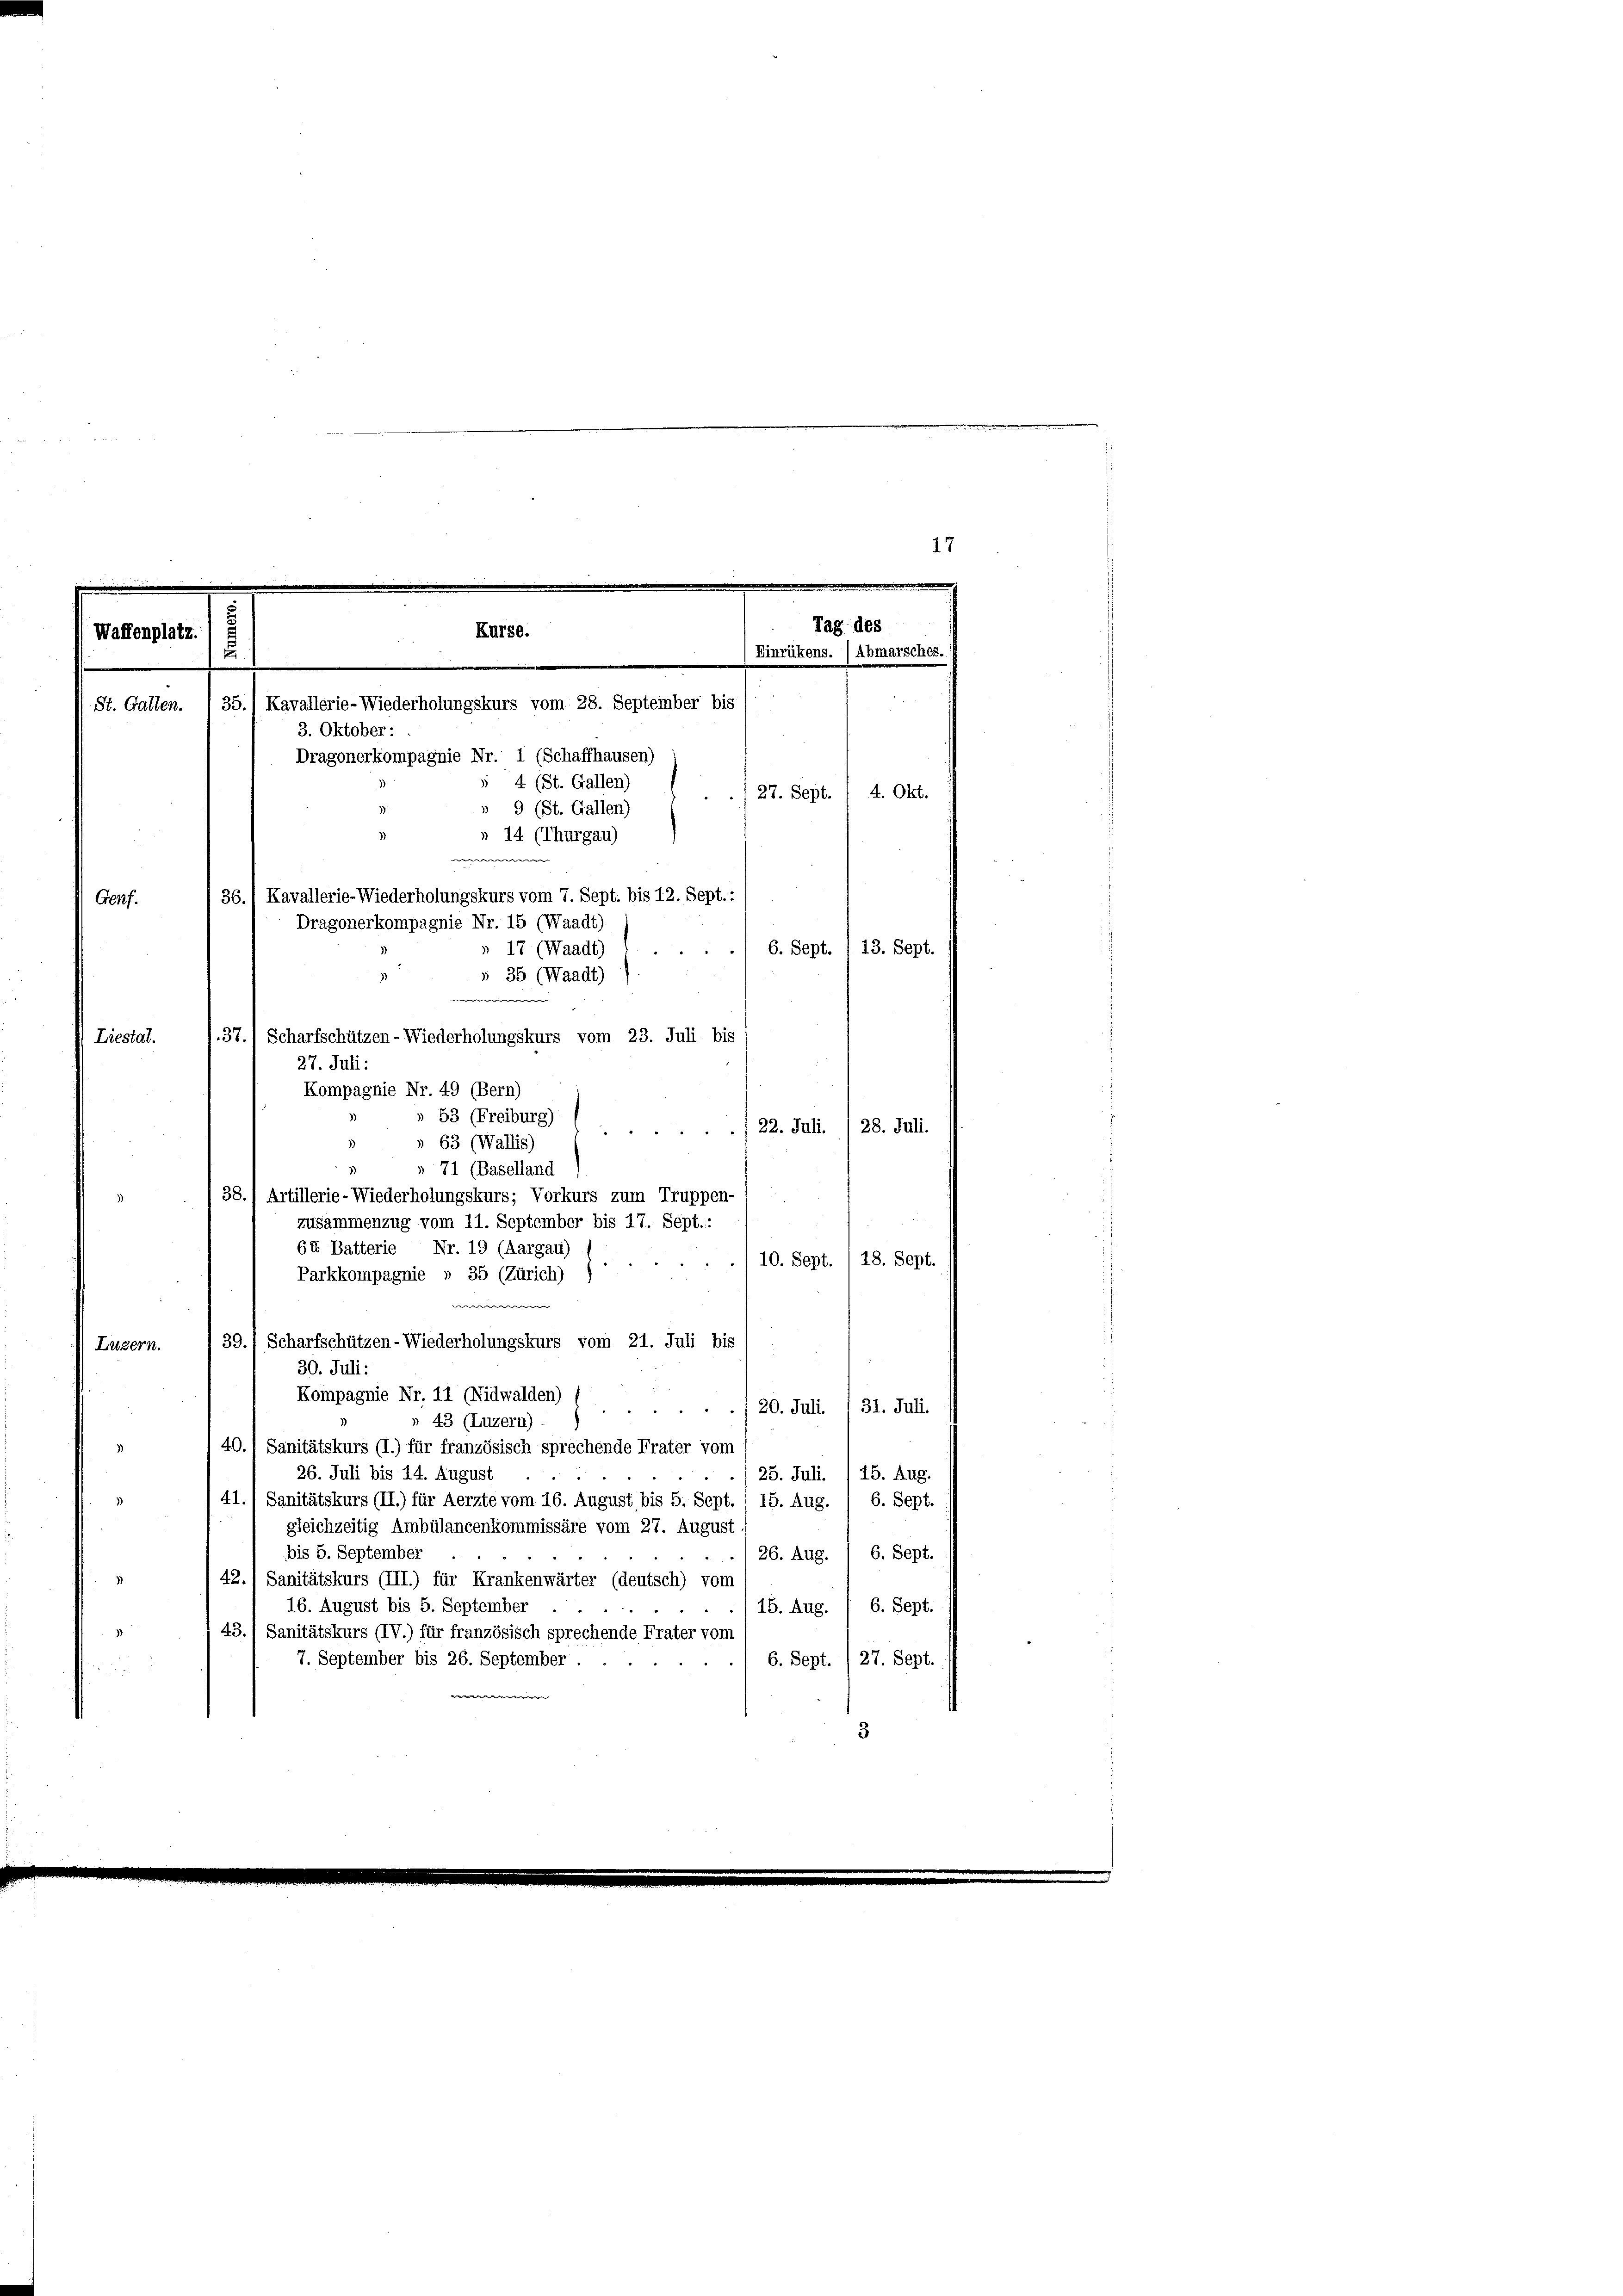
17
.

Liestal.
22. Juli. / 28. Juli.
 63 (Wallis)
)
d
» 71 (Baselland
38., Artillerie-Wiederholungskurs; Vorkurs zum Truppen-
zusammenzug vom 11. September bis 17. Sept.:
64 Batterie Nr. 19 (Aargau)
10. Sept./18. Sept.

Parkkompagnie n 35 (Zürich) 1
i
39.) Scharfschützen-Wiederholungskurs vom 21. Juli bis 1
Luzern.
30. Juli:
Kompagnie Nr. 11 (Nidwalden)
20. Juli. I 31. Juli.
.
» 43 (Luzern).
40.1 Sanitätskurs (I.) für französisch sprechende Frater vom
26. Juli bis 14. August
125. Juli. / 15. Aug.
41.1 Sanitätskurs (II.) für Aerzte vom 16. August bis 5. Sept. (15. Aug. / 6. Sept.
gleichzeitig Ambülancenkommissäre vom 27. August
bis 5. September
26. Aug. 1 6. Sept.
42.) Sanitätskurs (III) für Krankenwärter (deutsch) vom
16. August bis 5. September
15. Aug. / 6. Sept.
43.) Sanitätskurs (IV.) für französisch sprechende Frater vom
7. September bis 26. September . .
6. Sept. /27. Sept.
w

Genf.
Dragonerkompagnie Nr. 15 (Waadt)

Tag des
Kurse.
Waffenplatz,
E
(Einrükens. (Abmarsches.
Kavallerie-Wiederholungskurs vom 28. September bis
35.
(St. Gallen.
3. Oktober:
Dragonerkompagnie Nr. 1 (Schaffhausen)
4 (St. Gallen)
27. Sept. / 4. Okt.

we |
36.1 Kavallerie-Wiederholungskurs vom 7. Sept. bis 12. Sept. :
17 (Waadt)
§ 35 (Waadt)
e
37.1 Scharfschützen- Wiederholungskurs vom 23. Juli bis
27. Juli:

Kompagnie Nr. 49 (Bern)
» 53 (Freiburg)

» 9 (St. Gallen)
 14 (Thurgau)

6. Sept. 1. 13. Sept.